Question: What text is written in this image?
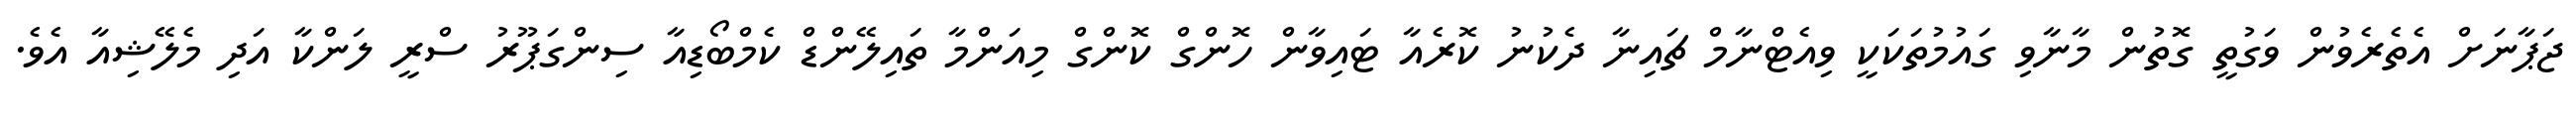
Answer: ޖަޕާނަށް އެތެރެވުން ވަގުތީ ގޮތުން މާނާވި ގައުމުތަކަކީ ވިއެޓްނާމް ޗައިނާ ދެކުނު ކޮރެއާ ޓައިވާން ހޮންގް ކޮންގް މިއަންމާ ތައިލޭންޑް ކެމްބޯޑިއާ ސިންގަޕޫރު ސްރީ ލަންކާ އަދި މެލޭޝިއާ އެވެ.